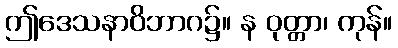
ဤဒေသနာဝိဘာဂ၌။ န ဝုတ္တာ၊ ကုန်။